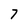
Character: 7